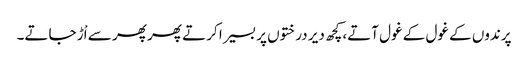
پرندوں کے غول کے غول آتے،کچھ دیر درختوں پر بسیرا کرتے پھر پھر سے اْڑ جاتے۔